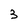
Character: 3